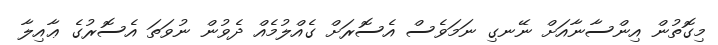
މިގޮތުން އިންސާނާއަށް ނޭނގި ނަމަވެސް އެސޮރަށް ގެއްލުމެއް ދެވުން ނުވަތަ އެސޮރުގެ ޢާއިލާ